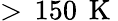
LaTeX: >\, 150\, \mathrm{~K~}